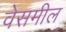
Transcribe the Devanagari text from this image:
वेसमील